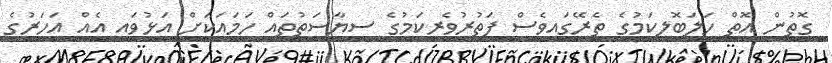
ގޮތުން އޮތް ހަލަބޮލިކަމުގެ ތެރޭގައިވެސް ފަތުރުވެރިކަމުގެ ސިޔާސަތުތައް ހަމައަކަށް އަޅުވައި އެއް އަހަރުގެ